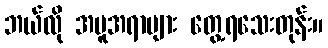
ဘယ်လို အမူအရာများ တွေ့ရသေးတုန်း။